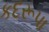
કદરૂપા